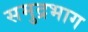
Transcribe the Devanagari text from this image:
समुद्रभाग